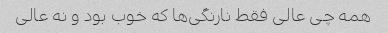
همه چی عالی فقط نارنگی‌ها که خوب بود و نه عالی